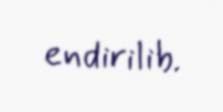
endirilib.